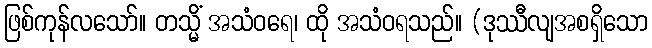
ဖြစ်ကုန်လသော်။ တသ္မိံ အသံဝရေ၊ ထို အသံဝရသည်။ (ဒုဿီလျအစရှိသော